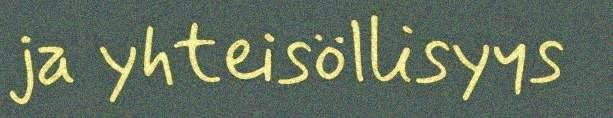
ja yhteisöllisyys